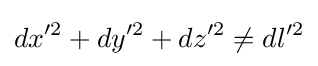
dx'^{2}+dy'^{2}+dz'^{2}\neq dl'^{2}